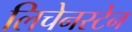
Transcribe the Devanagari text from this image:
लिचेनस्टेन